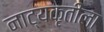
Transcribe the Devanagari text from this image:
नाट्यकृतीला